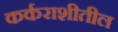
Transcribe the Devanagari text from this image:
कर्कराशीतील